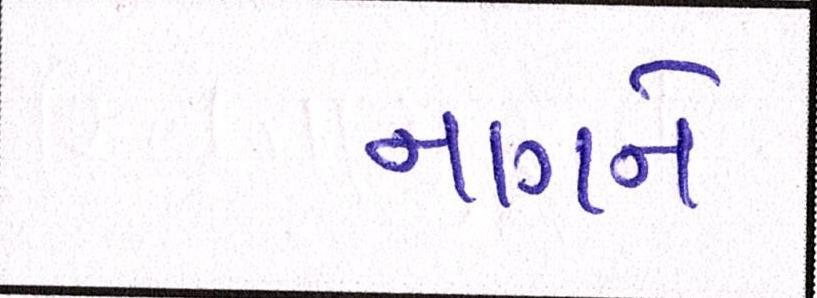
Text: નાગને